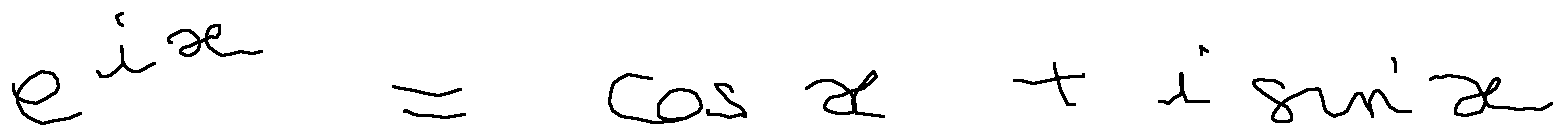
e ^ { i x } = \cos x + i \sin x